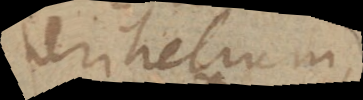
perihelium,